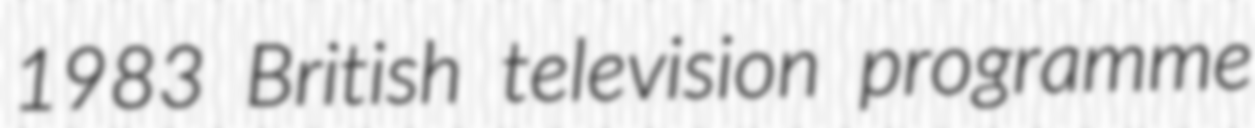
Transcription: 1983 British television programme